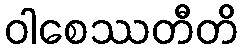
ဝါစေဿတီတိ